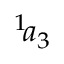
^ { 1 } \! a _ { 3 }